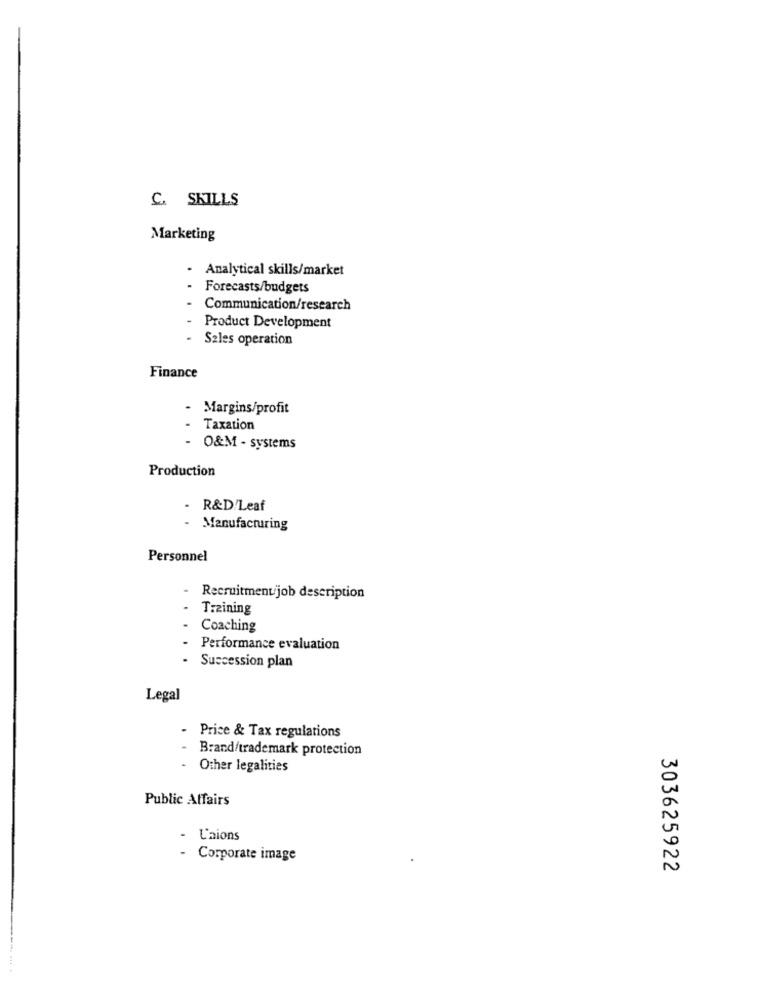
C. SKILLS
Marketing
· Analytical skills/market
Forecasts/budgets
Communication/research
Product Development
.
Sales operation
Finance
Margins/profit
Taxation
O&M - systems
Production
R&D/Leaf
- Manufacturing
Personnel
- Recruitmentjob description
- Training
Coaching
Performance evaluation
- Succession plan
Legal
- Price & Tax regulations
Brand/trademark protection
.
Other legalities
Public Affairs
- L'aions
Corporate image
303625922